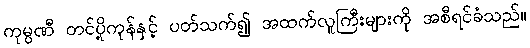
ကုမ္ပဏီ တင်ပို့ကုန်နှင့် ပတ်သက်၍ အထက်လူကြီးများကို အစီရင်ခံသည်။